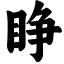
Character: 睁